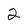
Character: 2